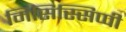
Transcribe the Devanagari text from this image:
मिसिस्सिप्पी